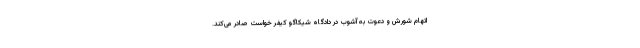
اتهام شورش و دعوت به آشوب در دادگاه شیکاگو کیفر خواست صادر می‌کند.